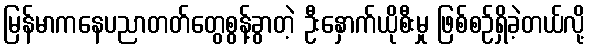
မြန်မာကနေပညာတတ်တွေစွန့်ခွာတဲ့ ဦးနှောက်ယိုစီးမှု ဖြစ်စဉ်ရှိခဲ့တယ်လို့